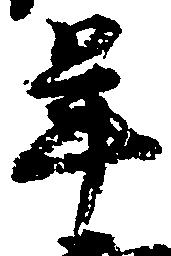
年